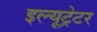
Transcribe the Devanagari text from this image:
इल्यूट्रेटर